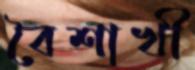
বৈশাখী